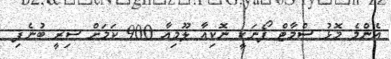
އެންމެ މޮޅު ސްމާޓް ފޯނަކީ ނޮކިއާ ލޫމިއާ 900 ކަމަށް ސިރީ ބުނެފި